Medical and sanitary report of the native army of Bengal for the year
Year: 1876
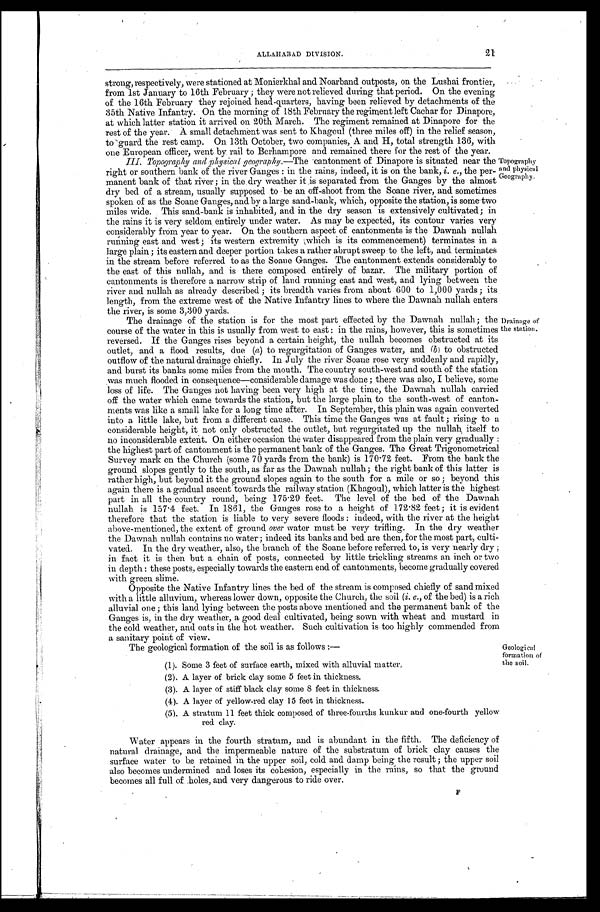
ALLAHABAD DIVISION.
21
strong, respectively, were stationed at Monierkhal and Noarband outposts, on the Lushai frontier,
from 1st January to 16th February ; they were not relieved during that period. On the evening
of the 16th February they rejoined head-quarters, having been relieved by detachments of the
35th Native Infantry. On the morning of 18th February the regiment left Cachar for Dinapore,
at which latter station it arrived on 20th March. The regiment remained at Dinapore for the
rest of the year. A small detachment was sent to Khagoul (three miles off) in the relief season,
to guard the rest camp. On 13th October, two companies, A and H, total strength 136, with
one European officer, went by rail to Berhampore and remained there for the rest of the year.
III. Topography and physical geography. —The cantonment of Dinapore is situated near the
right or southern bank of the river Ganges : in the rains, indeed, it is on the bank, i. e., the per--
manent bank of that river ; in the dry weather it is separated from the Ganges by the almost
dry bed of a stream, usually supposed to be an off-shoot from the Soane river, and sometimes
spoken of as the Soane Ganges, and by a large sand-bank, which, opposite the station, is some two
miles wide. This sand-bank is inhabited, and in the dry season is extensively cultivated ; in
the rains it is very seldom entirely under water. As may be expected, its contour varies very
considerably from year to year. On the southern aspect of cantonments is the Dawnah nullah
running east and west ; its western extremity (which is its commencement) terminates in a
large plain ; its eastern and deeper portion takes a rather abrupt sweep to the left, and terminates
in the stream before referred to as the Soane Ganges. The cantonment extends considerably to
the east of this nullah, and is there composed entirely of bazar. The military portion of
cantonments is therefore a narrow strip of land running east and west, and lying between the
river and nullah as already described ; its breadth varies from about 600 to 1,000 yards ; its
length, from the extreme west of the Native Infantry lines to where the Dawnah nullah enters
t he r i ver , i s some 3, 300 yar ds.
The drainage of the station is for the most part effected by the Dawnah nullah ; the
course of the water in this is usually from west to east : in the rains, however, this is sometimes
reversed. If the Ganges rises beyond a certain height, the nullah becomes obstructed at its
outlet, and a flood results, due (a) to regurgitation of Ganges water, and (b) to obstructed
outflow of the natural drainage chiefly. In July the river Soane rose very suddenly and rapidly,
and burst its banks some miles from the mouth. The country south-west and south of the station
was much flooded in consequence—considerable damage was done ; there was also, I believe, some
loss of life. The Ganges not having been very high at the time, the Dawnah nullah carried
off the water which came towards the station, but the large plain to the south-west of canton--
ments was like a small lake for a long time after. In September, this plain was again converted
into a little lake, but from a different cause. This time the Ganges was at fault ; rising to a
considerable height, it not only obstructed the outlet, but regurgitated up the nullah itself to
no inconsiderable extent. On either occasion the water disappeared from the plain very gradually :
the highest part of cantonment is the permanent bank of the Ganges. The Great Trigonometrical
Survey mark on the Church (some 70 yards from the bank) is 170.72 feet. From the bank the
ground slopes gently to the south, as far as the Dawnah nullah ; the right bank of this latter is
rather high, but beyond it the ground slopes again to the south for a mile or so ; beyond this
again there is a gradual ascent towards the railway station (Khagoul), which latter is the highest
part in all the country round, being 175.29 feet. The level of the bed of the Dawnah
nullah is 157.4 feet. In 1861, the Ganges rose to a height of 172.82 feet ; it is evident
therefore that the station is liable to very severe floods : indeed, with the river at the height
above-mentioned, the extent of ground over water must be very trifling. In the dry weather
the Dawnah nullah contains no water; indeed its banks and bed are then, for the most part, culti--
vated. In the dry weather, also, the branch of the Soane before referred to, is very nearly dry ;
in fact it is then but a chain of posts, connected by little trickling streams an inch or two
in depth : these posts, especially towards the eastern end of cantonments, become gradually covered
with green slime.
Opposite the Native Infantry lines the bed of the stream is composed chiefly of sand mixed
with a little alluvium, whereas lower down, opposite the Church, the soil (i. e., of the bed) is a rich
alluvial one ; this land lying between the posts above mentioned and the permanent bank of the
Ganges is, in the dry weather, a good deal cultivated, being sown with wheat and mustard in
the cold weather, and oats in the hot weather. Such cultivation is too highly commended from
a sanitary point of view.
Topography
and physical
Geography.
Drainage of
the station.
The geological formation of the soil is as follows :
—
(1). Some 3 feet of surface earth, mixed with alluvial matter
(2). A layer of brick clay some 5 feet in thickness.
(3). A layer of stiff black clay some 8 feet in thickness.
(4). A layer of yellow-red clay 15 feet in thickness.
(5). A stratum 11 feet thick composed of three-fourths kunkur and one-fourth yellow
red clay.
Water appears in the fourth stratum, and is abundant in the fifth. The deficiency of
natural drainage, and the impermeable nature of the substratum of brick clay causes the
surface water to be retained in the upper soil, cold and damp being the result ; the upper soil
also becomes undermined and loses its cohesion, especially in the rains, so that the ground
becomes all full of holes, and very dangerous to ride over.
F
Geological
formation of
the soil.